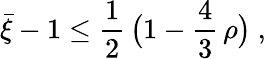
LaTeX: \bar{\xi}-1\leq\frac{1}{2}\, \big(1-\frac{4}{3}\, \rho\big)~,